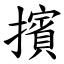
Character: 擯